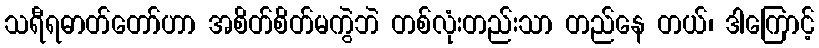
သရီရဓာတ်တော်ဟာ အစိတ်စိတ်မကွဲဘဲ တစ်လုံးတည်းသာ တည်နေ တယ်၊ ဒါကြောင့်